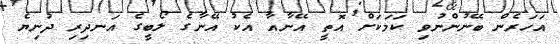
އަހަރެން ބޭނުންނުވި ކަމަކަށް އޮތީ އޭނާއާ އެކު އޭނާގެ ލޯބީގެ އަނދިރި ދުނިޔެ